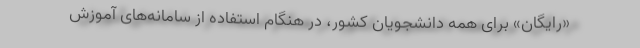
«رایگان» برای همه دانشجویان کشور، در هنگام استفاده از سامانه‌های آموزش